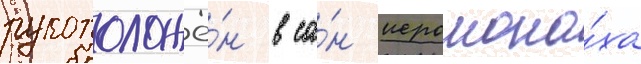
рукоположё́н в са́н иеромона́ха